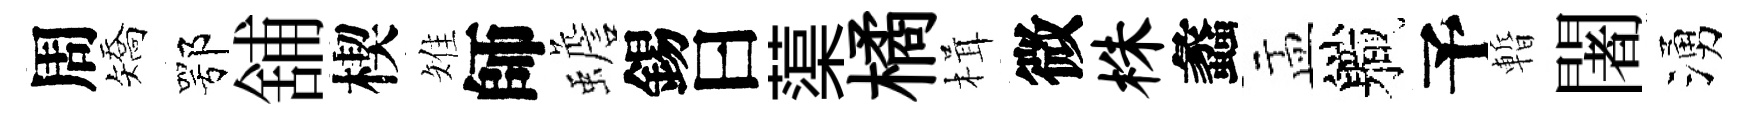
周矯鄂舖楔雉師蟾錫曰蕖橘楫微株蠡盂軄予暫闍湧